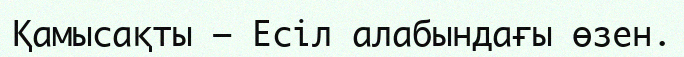
Қамысақты – Есіл алабындағы өзен.